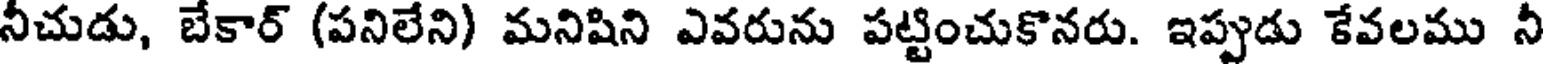
నీచుడు, బేకార్ (పనిలేని) మనిషిని ఎవరును పట్టించుకొనరు. ఇప్పుడు కేవలము నీ